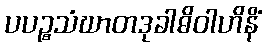
ပပဉ္စသံဃာတဒုခါဓိဝါဟိနိံ